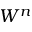
W ^ { n }